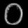
Digit: ၀